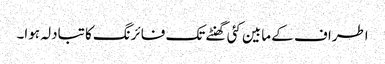
اطراف کے مابین کئی گھنٹے تک فائرنگ کا تبادلہ ہوا۔